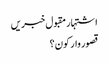
اشتہار	مقبول خبریں
قصور وار کون؟